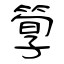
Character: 箰